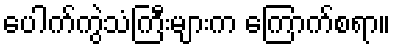
ပေါက်ကွဲသံကြီးများက ကြောက်စရာ။